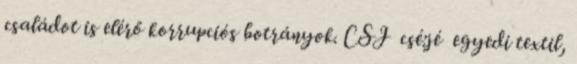
családot is elérő korrupciós botrányok. CSJ csé:jé egyedi textil,